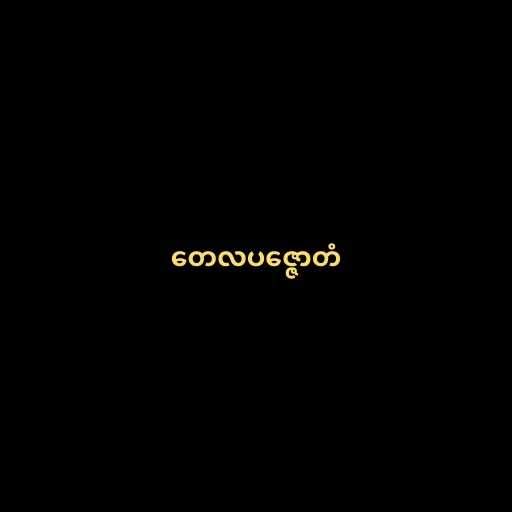
တေလပဇ္ဇောတံ